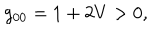
LaTeX: g _ { 0 0 } = 1 + 2 V > 0 ,